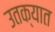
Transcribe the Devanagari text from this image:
उतक्यात